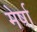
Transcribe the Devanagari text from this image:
मेर्षा